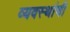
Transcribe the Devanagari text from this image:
व्यवस्थांची